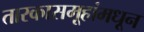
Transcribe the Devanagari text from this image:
तारकासमूहांमधून